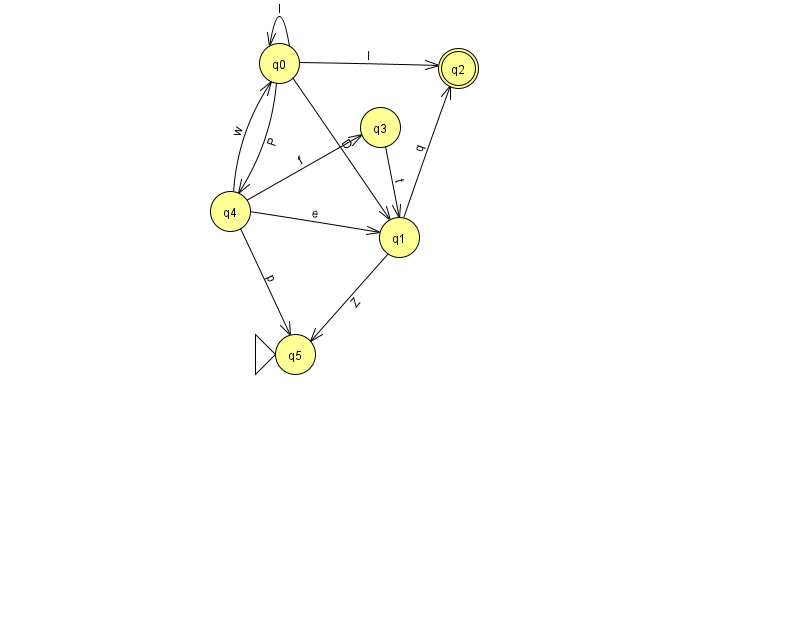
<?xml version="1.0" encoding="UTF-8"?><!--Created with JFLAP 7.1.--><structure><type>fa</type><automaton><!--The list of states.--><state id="0" name="q0"><x>279.0</x><y>50.0</y></state><state id="1" name="q1"><x>399.0</x><y>224.0</y></state><state id="2" name="q2"><x>458.0</x><y>55.0</y><final/></state><state id="3" name="q3"><x>380.0</x><y>114.0</y></state><state id="4" name="q4"><x>230.0</x><y>198.0</y></state><state id="5" name="q5"><x>295.0</x><y>341.0</y><initial/></state><!--The list of transitions.--><transition><from>1</from><to>2</to><read>q</read></transition><transition><from>0</from><to>1</to><read>D</read></transition><transition><from>1</from><to>5</to><read>Z</read></transition><transition><from>4</from><to>3</to><read>f</read></transition><transition><from>4</from><to>5</to><read>p</read></transition><transition><from>4</from><to>0</to><read>w</read></transition><transition><from>0</from><to>0</to><read>l</read></transition><transition><from>3</from><to>1</to><read>t</read></transition><transition><from>4</from><to>1</to><read>e</read></transition><transition><from>0</from><to>2</to><read>I</read></transition><transition><from>0</from><to>4</to><read>P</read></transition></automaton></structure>